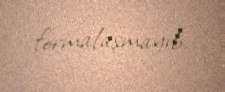
formalaşmayıb.